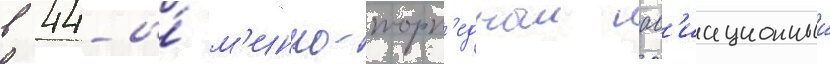
в 44-и́ м'инно-торп'едныи ав'иационныи